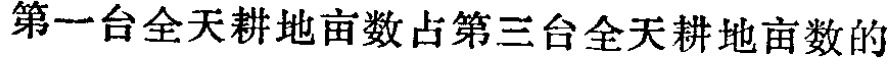
第一台全天耕地亩数占第三台全天耕地亩数的